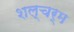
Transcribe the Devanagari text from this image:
शल्चर्म